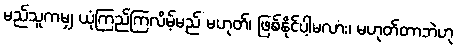
မည်သူကမျှ ယုံကြည်ကြလိမ့်မည် မဟုတ်၊ ဖြစ်နိုင်ပါ့မလား၊ မဟုတ်တာဘဲဟု